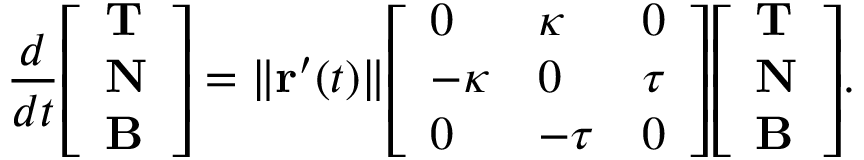
{ \frac { d } { d t } } { \left[ \begin{array} { l } { \mathbf { T } } \\ { \mathbf { N } } \\ { \mathbf { B } } \end{array} \right] } = \| \mathbf { r } ^ { \prime } ( t ) \| { \left[ \begin{array} { l l l } { 0 } & { \kappa } & { 0 } \\ { - \kappa } & { 0 } & { \tau } \\ { 0 } & { - \tau } & { 0 } \end{array} \right] } { \left[ \begin{array} { l } { \mathbf { T } } \\ { \mathbf { N } } \\ { \mathbf { B } } \end{array} \right] } .